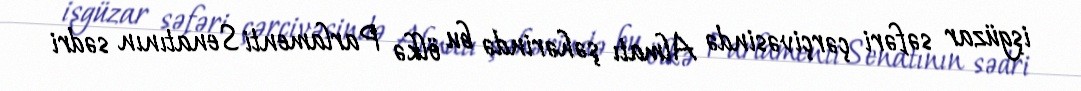
işgüzar səfəri çərçivəsində Almatı şəhərində bu ölkə Parlamenti Senatının sədri